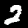
Label: 2